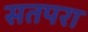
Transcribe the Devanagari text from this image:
सतपरा